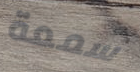
سمعة